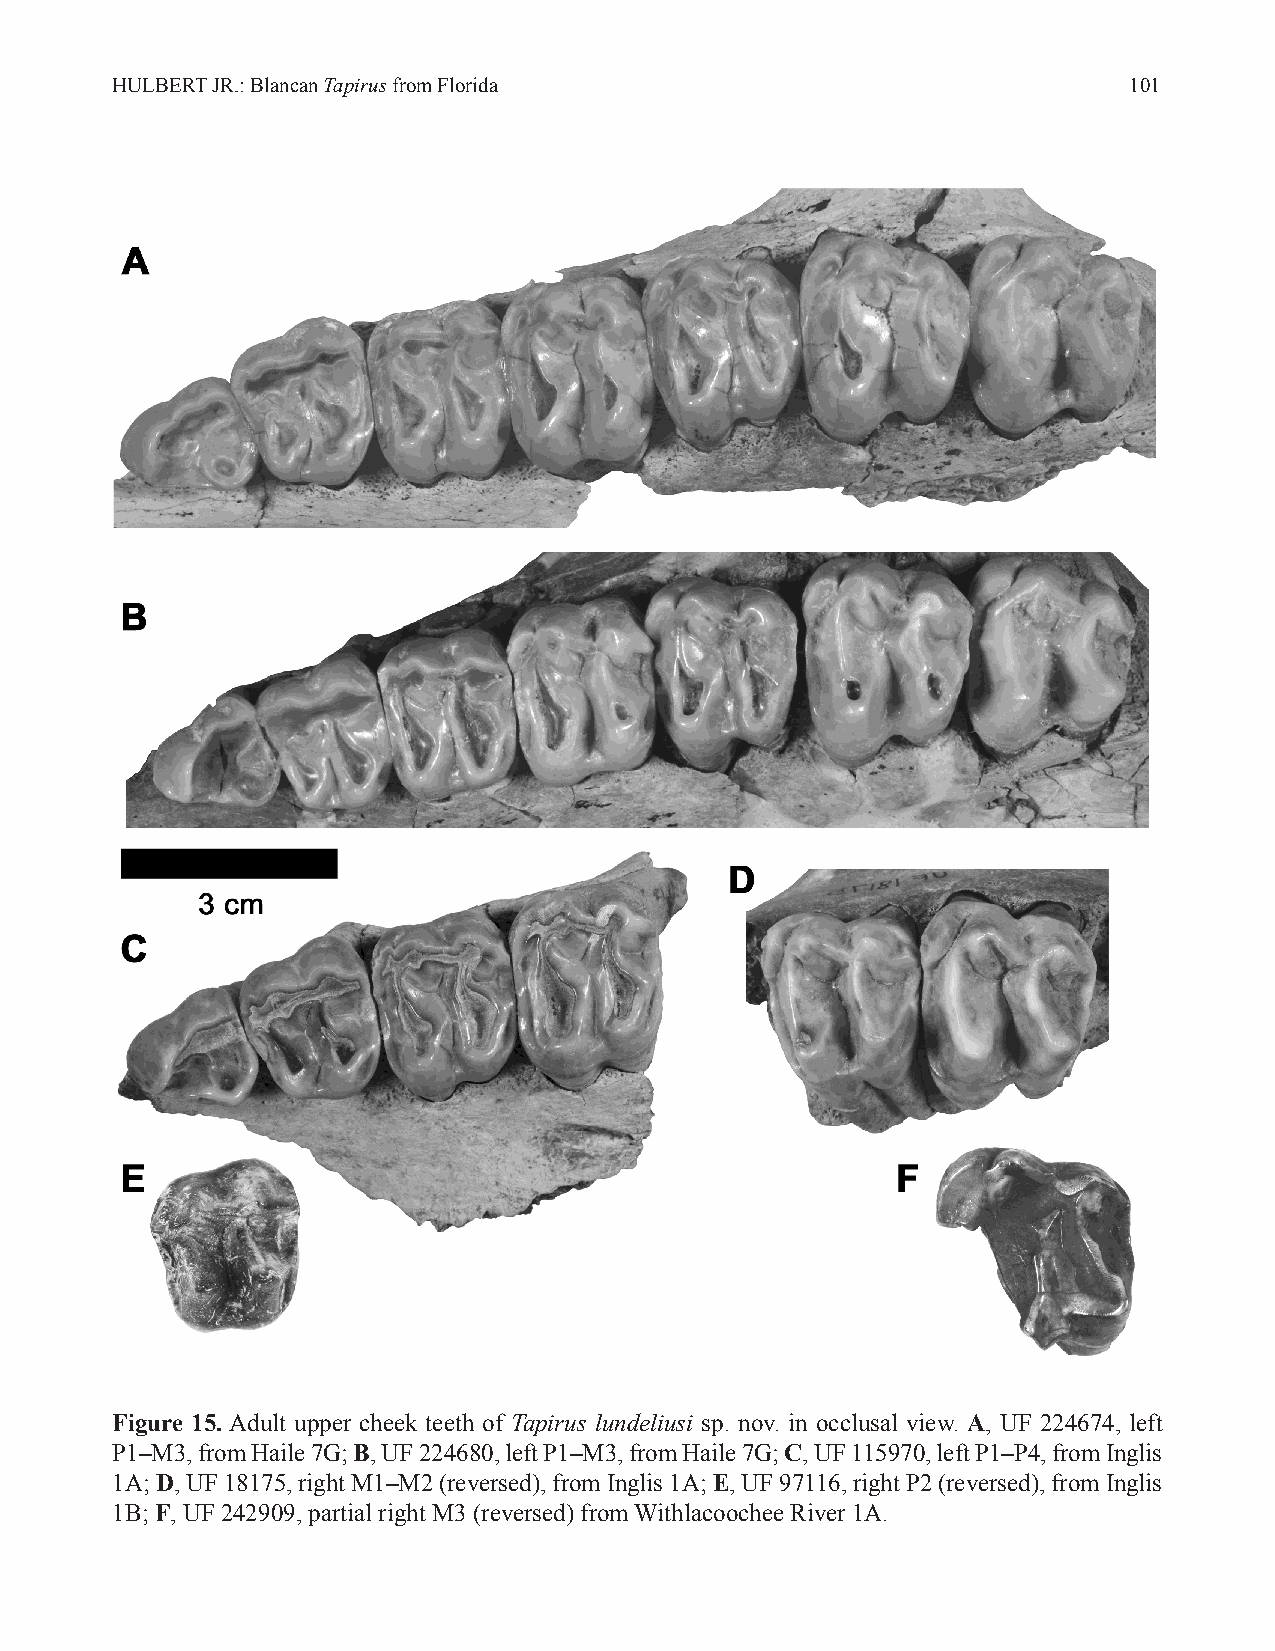
HULBERT JR.: Blancan Tapirus from Florida                           101
 Figure 15. Adult upper cheek teeth of Tapirus lundeliusi sp. nov. in occlusal view. A, UF 224674, left
 P1–M3, from Haile 7G; B, UF 224680, left P1–M3, from Haile 7G; C, UF 115970, left P1–P4, from Inglis
 1A; D, UF 18175, right M1–M2 (reversed), from Inglis 1A; E, UF 97116, right P2 (reversed), from Inglis
 1B; F, UF 242909, partial right M3 (reversed) from Withlacoochee River 1A.